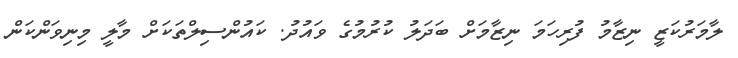
ލާމަރުކަޒީ ނިޒާމު ފުރިހަމަ ނިޒާމަށް ބަދަލު ކުރުމުގެ ވައުދު. ކައުންސިލްތަކަށް މާލީ މިނިވަންކަން